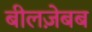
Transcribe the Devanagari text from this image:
बीलज़ेबब